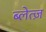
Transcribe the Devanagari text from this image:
ब्लेत्ज़